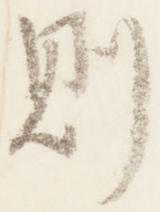
即